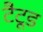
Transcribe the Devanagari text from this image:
टैटूड